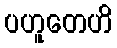
ပဟူတေဟိ